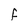
Character: f